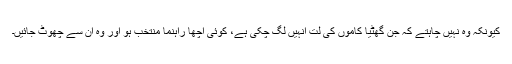
کیونکہ وہ نہیں چاہتے کہ جن گھٹیا کاموں کی لت انہیں لگ چکی ہے، کوئی اچھا راہنما منتخب ہو اور وہ ان سے چھوٹ جائیں۔